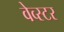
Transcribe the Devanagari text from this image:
वेव्स्टर